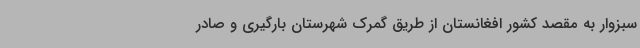
سبزوار به مقصد کشور افغانستان از طریق گمرک شهرستان بارگیری و صادر